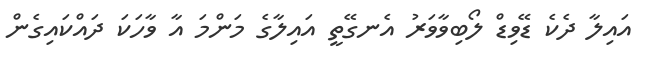
އައިލާ ދެކެ ޑޭވިޑް ލޯބިވާވަރު އެނގޭތީ އައިލާގެ މަންމަ އާ ވާހަކަ ދައްކައިގެން